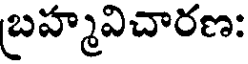
బహ్మవిచారణ: